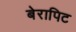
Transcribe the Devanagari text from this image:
बेरापिट